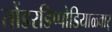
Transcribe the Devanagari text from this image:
तोंडरडिप्पोडियाळ्वार्